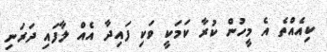
ކިއެއްތެ އެ މީހުން ކުރާ ކަމަކީ ވަކި ފައިދާ އެއް ލާފައި ދަރަނި